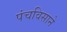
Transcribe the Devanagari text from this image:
पंचविसाने